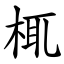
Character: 㭯